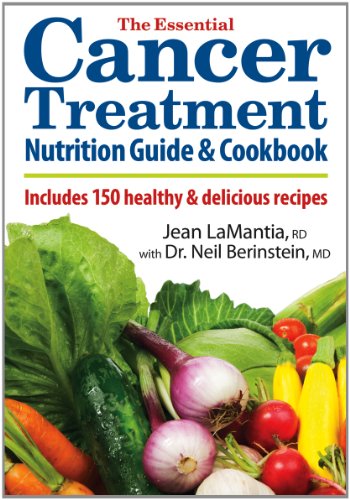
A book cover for The Essential Cancer Treatment Nutrition Guide and Cookbook: Includes 150 Healthy and Delicious Recipes; Jean LaMantia; Cookbooks, Food & Wine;